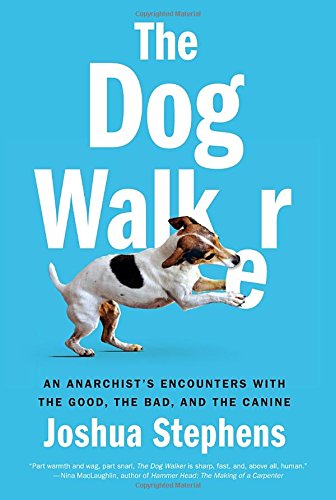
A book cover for The Dog Walker: An Anarchist's Encounters with the Good, the Bad, and the Canine; Joshua Stephens; Crafts, Hobbies & Home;